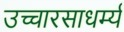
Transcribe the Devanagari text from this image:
उच्चारसाधर्म्य